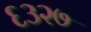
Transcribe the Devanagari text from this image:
६३२७